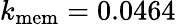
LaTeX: k_{\mathrm{mem}}=0.0464